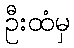
ဦးထံမှ